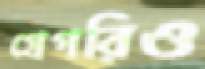
গ্রেগরিও